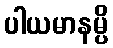
ပါယမာနမ္ပိ